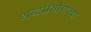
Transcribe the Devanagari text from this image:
शब्दप्रयोगाच्या